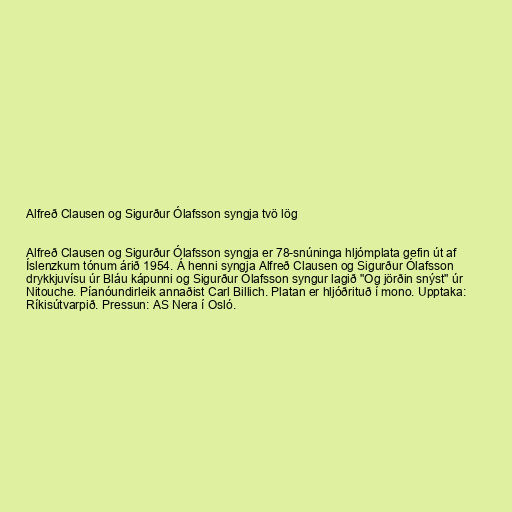
Alfreð Clausen og Sigurður Ólafsson syngja tvö lög

Alfreð Clausen og Sigurður Ólafsson syngja er 78-snúninga hljómplata gefin út af
Íslenzkum tónum árið 1954. Á henni syngja Alfreð Clausen og Sigurður Ólafsson
drykkjuvísu úr Bláu kápunni og Sigurður Ólafsson syngur lagið "Og jörðin snýst" úr
Nitouche. Píanóundirleik annaðist Carl Billich. Platan er hljóðrituð í mono. Upptaka:
Ríkisútvarpið. Pressun: AS Nera í Osló.